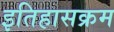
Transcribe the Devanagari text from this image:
इतिहासक्रम